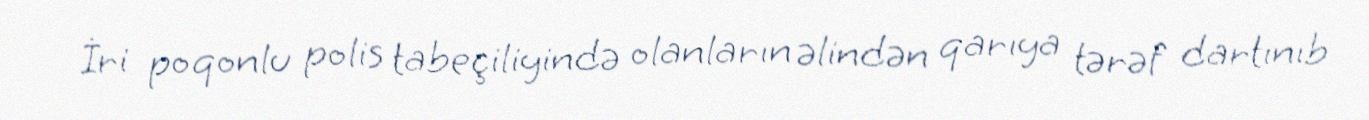
İri poqonlu polis tabeçiliyində olanların əlindən qarıya tərəf dartınıb